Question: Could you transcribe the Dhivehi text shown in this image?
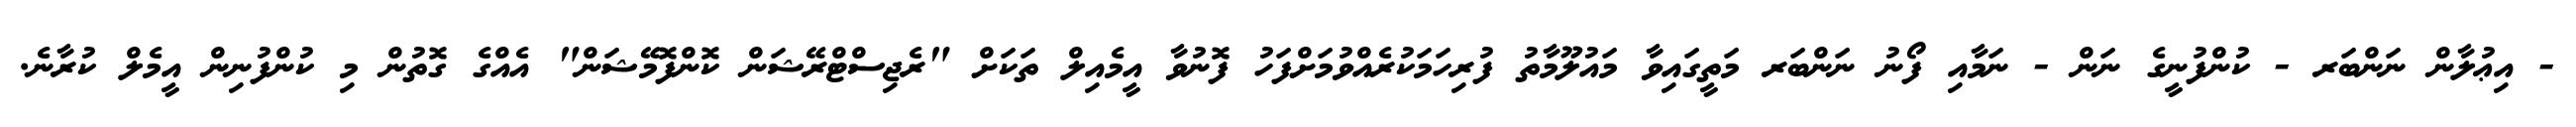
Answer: - އިޢުލާން ނަންބަރ - ކުންފުނީގެ ނަން - ނަމާއި ފޯނު ނަންބަރ މަތީގައިވާ މައުލޫމާތު ފުރިހަމަކުރެއްވުމަށްފަހު ފޮނުވާ އީމެއިލް ތަކަށް "ރެޖިސްޓްރޭޝަން ކޮންފޮމޭޝަން" އެއްގެ ގޮތުން މި ކުންފުނިން އީމެލް ކުރާނެ.